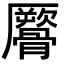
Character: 𩪜